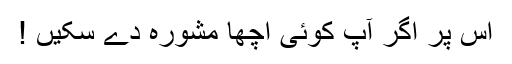
اس پر اگر آپ کوئی اچھا مشورہ دے سکیں !